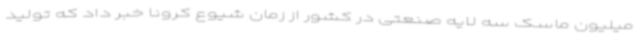
میلیون ماسک سه لایه صنعتی در کشور از زمان شیوع کرونا خبر داد که تولید